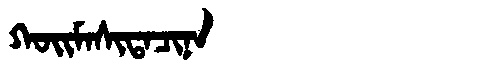
Manchu: ᡴᠣᡳᠮᠠᠰᡳᡨᠠᠴᡳᠨᠠ
Romanization: KOIMASITACINA